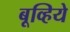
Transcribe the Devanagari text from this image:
बूव्हिये